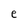
Character: e